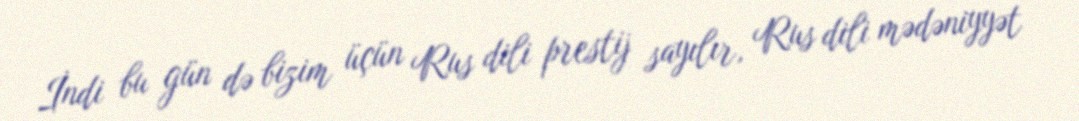
İndi bu gün də bizim üçün Rus dili prestij sayılır, Rus dili mədəniyyət